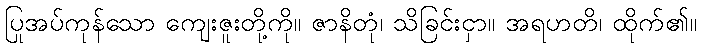
ပြုအပ်ကုန်သော ကျေးဇူးတို့ကို။ ဇာနိတုံ၊ သိခြင်းငှာ။ အရဟတိ၊ ထိုက်၏။